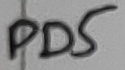
Text: PD5